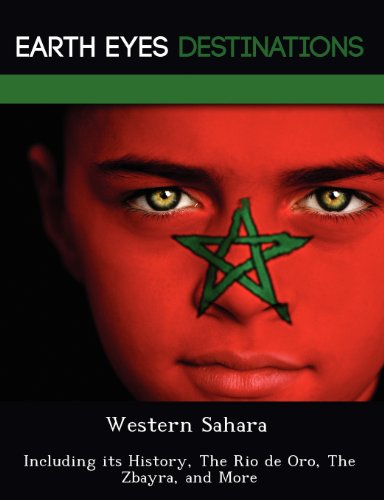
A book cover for Western Sahara: Including its History, The Rio de Oro, The Zbayra, and More; Renee Browning; Travel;